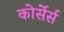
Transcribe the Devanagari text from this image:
कोर्सेर्स